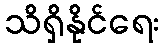
သိရှိနိုင်ရေး